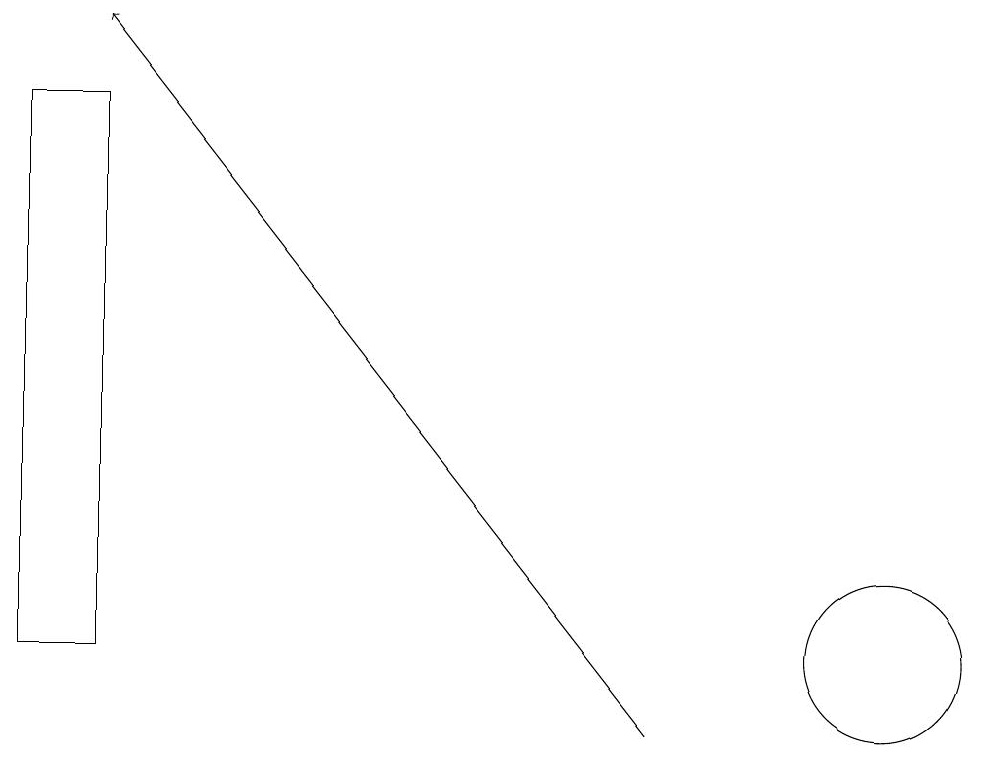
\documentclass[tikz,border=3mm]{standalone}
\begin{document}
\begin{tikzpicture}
\draw[->] (8,10) -- (1,19);
\draw (11,11) circle (1);
\draw (0,18) rectangle (1,11);
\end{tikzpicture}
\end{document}